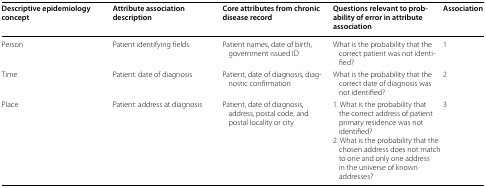
| Descriptive epidemiology concept | Attribute association description | Core attributes from chronic disease record | Questions relevant to probability of error in attribute association | Association |
 | --- | --- | --- | --- | --- |
 | Person | Patient identifying fields | Patient names, date of birth, government issued ID | What is the probability that the correct patient was not identified? | 1 |
 | Time | Patient: date of diagnosis | Patient, date of diagnosis, diagnostic confirmation | What is the probability that the correct date of diagnosis was not identified? | 2 |
 | Place | Patient: address at diagnosis | Patient, date of diagnosis, address, postal code, and postal locality or city | 1. What is the probability that the correct address of patient primary residence was not identified?2. What is the probability that the chosen address does not match to one and only one address in the universe of known addresses? | 3 |